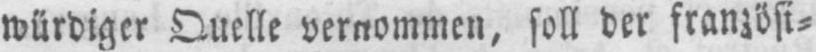
würdiger Quelle vernommen, soll der französi⸗